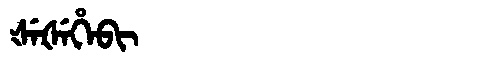
Manchu: ᡧᡝᡧᡝᡥᡝᠪᡳ
Romanization: ŠEŠEHEBI